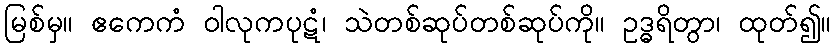
မြစ်မှ။ ဧကေကံ ဝါလုကပုဋံ၊ သဲတစ်ဆုပ်တစ်ဆုပ်ကို။ ဥဒ္ဓရိတွာ၊ ထုတ်၍။